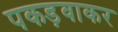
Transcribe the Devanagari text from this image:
पकड़वाकर